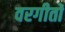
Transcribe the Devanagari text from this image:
वरगीतों